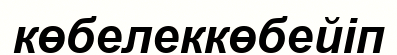
көбелеккөбейіп